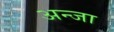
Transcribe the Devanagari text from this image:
अन्जा